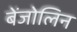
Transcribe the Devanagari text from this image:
बेंजोलिन